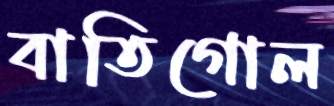
বাতিগোল